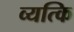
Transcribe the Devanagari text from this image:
व्यत्कि